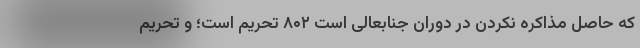
که حاصل مذاکره نکردن در دوران جنابعالی است ۸۰۲ تحریم است؛ و تحریم